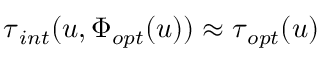
\boldsymbol { \tau } _ { i n t } ( \boldsymbol { u } , \Phi _ { o p t } ( \boldsymbol { u } ) ) \approx \boldsymbol { \tau } _ { o p t } ( \boldsymbol { u } )